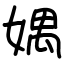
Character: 媀